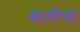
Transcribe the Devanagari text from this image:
बाग़ीचा